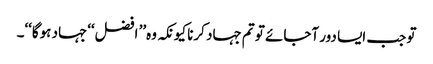
تو جب ایسا دور آجائے تو تم جہاد کرنا کیونکہ وہ’’ افضل‘‘جہاد ہوگا‘‘۔